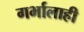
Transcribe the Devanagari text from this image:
गर्भालाही